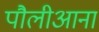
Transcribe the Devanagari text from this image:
पौलीआना